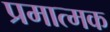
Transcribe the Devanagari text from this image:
प्रमात्मक